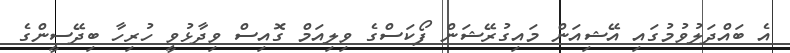
އެ ބައްދަލުވުމުގައި އޭޝިއަން މައިގުރޭޝަން ފޯކަސްގެ ވިލިއަމް ގޮއިސް ވިދާޅުވީ ހުރިހާ ބިދޭސީންގެ